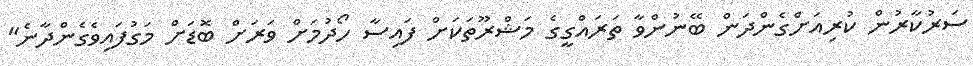
ސަރުކާރުން ކުރިއަށްގެންދަން ބޭނުންވާ ތަރައްގީގެ މަޝްރޫތަކަށް ފައިސާ ހޯދުމަށް ވަރަށް ބޮޑަށް މަގުފައިވެގެންދާނެ"